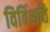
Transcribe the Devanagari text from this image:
विविंशति